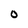
Character: 0